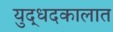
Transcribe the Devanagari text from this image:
युद्धदकालात